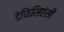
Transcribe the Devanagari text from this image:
डेफिसिएंसी